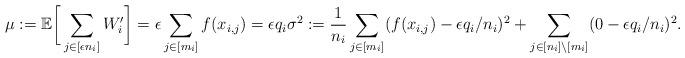
LaTeX: \begin{align*}\mu:= \mathbb{E}\bigg[\sum_{j \in [\epsilon n_i] } W'_i \bigg] = \epsilon \sum_{j \in [m_i]} f(x_{i,j}) = \epsilon q_i \sigma^2:= \frac{1}{n_i} \sum_{j\in [m_i]} (f(x_{i,j})- \epsilon q_i/n_i )^2 + \sum_{j\in [n_i]\setminus [m_i]} ( 0 -\epsilon q_i/n_i)^2.\end{align*}